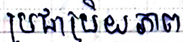
ប្រជាប្រិយភាព